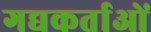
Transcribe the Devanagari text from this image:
गद्यकर्ताओं